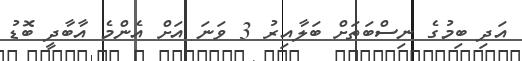
އަދި ބިމުގެ ނިސްބަތަށް ބަލާއިރު 3 ވަނަ އަށް އެންމެ އާބާދީ ބޮޑު